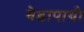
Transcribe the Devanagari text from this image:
वेडापायी